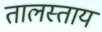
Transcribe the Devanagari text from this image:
तालस्ताय